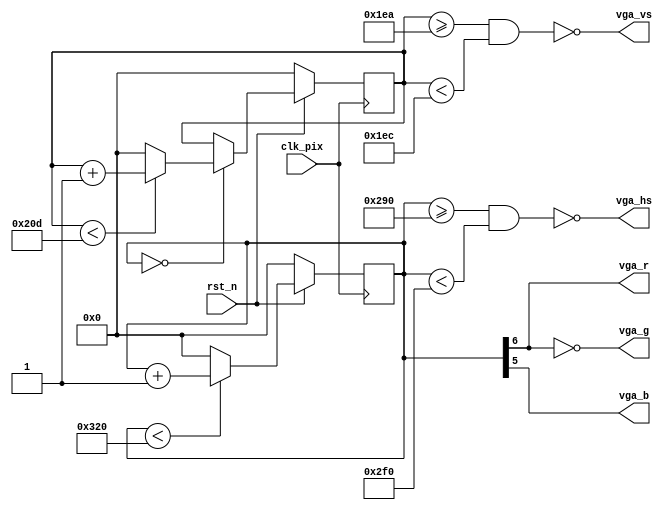
module vga_display
(
  input  wire clk_pix,
  input  wire rst_n,
  output wire vga_hs,
  output wire vga_vs,
  output wire vga_r,
  output wire vga_g,
  output wire vga_b
);

parameter VGA_MAX_H      = 800;
parameter VGA_MAX_V      = 525;
parameter VGA_WIDTH      = 640;
parameter VGA_HEIGHT     = 480;
parameter VGA_SYNH_START = 656;
parameter VGA_SYNV_START = 490;
parameter VGA_SYNH_END   = 752;
parameter VGA_SYNV_END   = 492;

reg [9:0] cnt_hs;
reg [9:0] cnt_vs;

always @(posedge clk_pix) begin
  if (~rst_n)
    cnt_hs <= 0;
  else if (cnt_hs < VGA_MAX_H)
    cnt_hs <= cnt_hs + 1'd1;
  else
    cnt_hs <= 0;
end

always @(posedge clk_pix) begin
  if (~rst_n)
    cnt_vs <= 0;
  else begin
    if (cnt_hs == 0) begin
      if (cnt_vs < VGA_MAX_V)
        cnt_vs <= cnt_vs + 1'd1;
      else
        cnt_vs <= 0;
    end
  end
end

assign vga_hs = ~((cnt_hs >= VGA_SYNH_START) && (cnt_hs < VGA_SYNH_END));
assign vga_vs = ~((cnt_vs >= VGA_SYNV_START) && (cnt_vs < VGA_SYNV_END));

assign vga_r = cnt_hs[6];
assign vga_g =~cnt_hs[6];
assign vga_b = cnt_hs[5];

endmodule